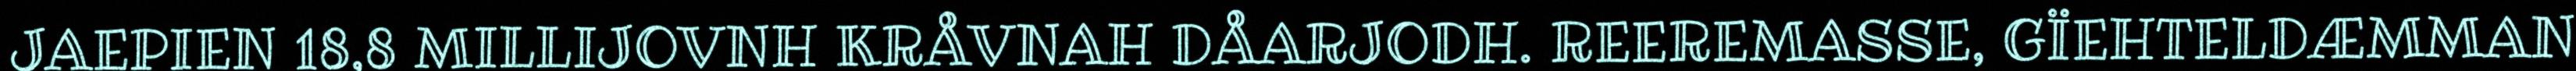
JAEPIEN 18,8 MILLIJOVNH KRÅVNAH DÅARJODH. REEREMASSE, GÏEHTELDÆMMAN